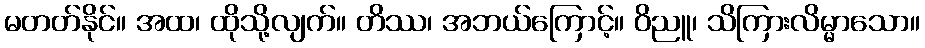
မတတ်နိုင်။ အထ၊ ထိုသို့လျက်။ တိဿ၊ အဘယ်ကြောင့်။ ဝိညူ၊ သိကြားလိမ္မာသော။